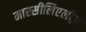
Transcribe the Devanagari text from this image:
मारसीलिएलीज़